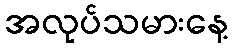
အလုပ်သမားနေ့